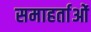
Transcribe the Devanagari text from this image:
समाहर्ताओं